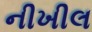
નીખીલ